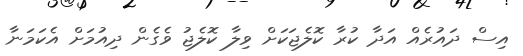
އިސް ދައުރެއް އަދާ ކުރާ ކޮލެޖަކަށް ވިލާ ކޮލެޖު ވެގެން ދިއުމަށް އެކަމަނާ